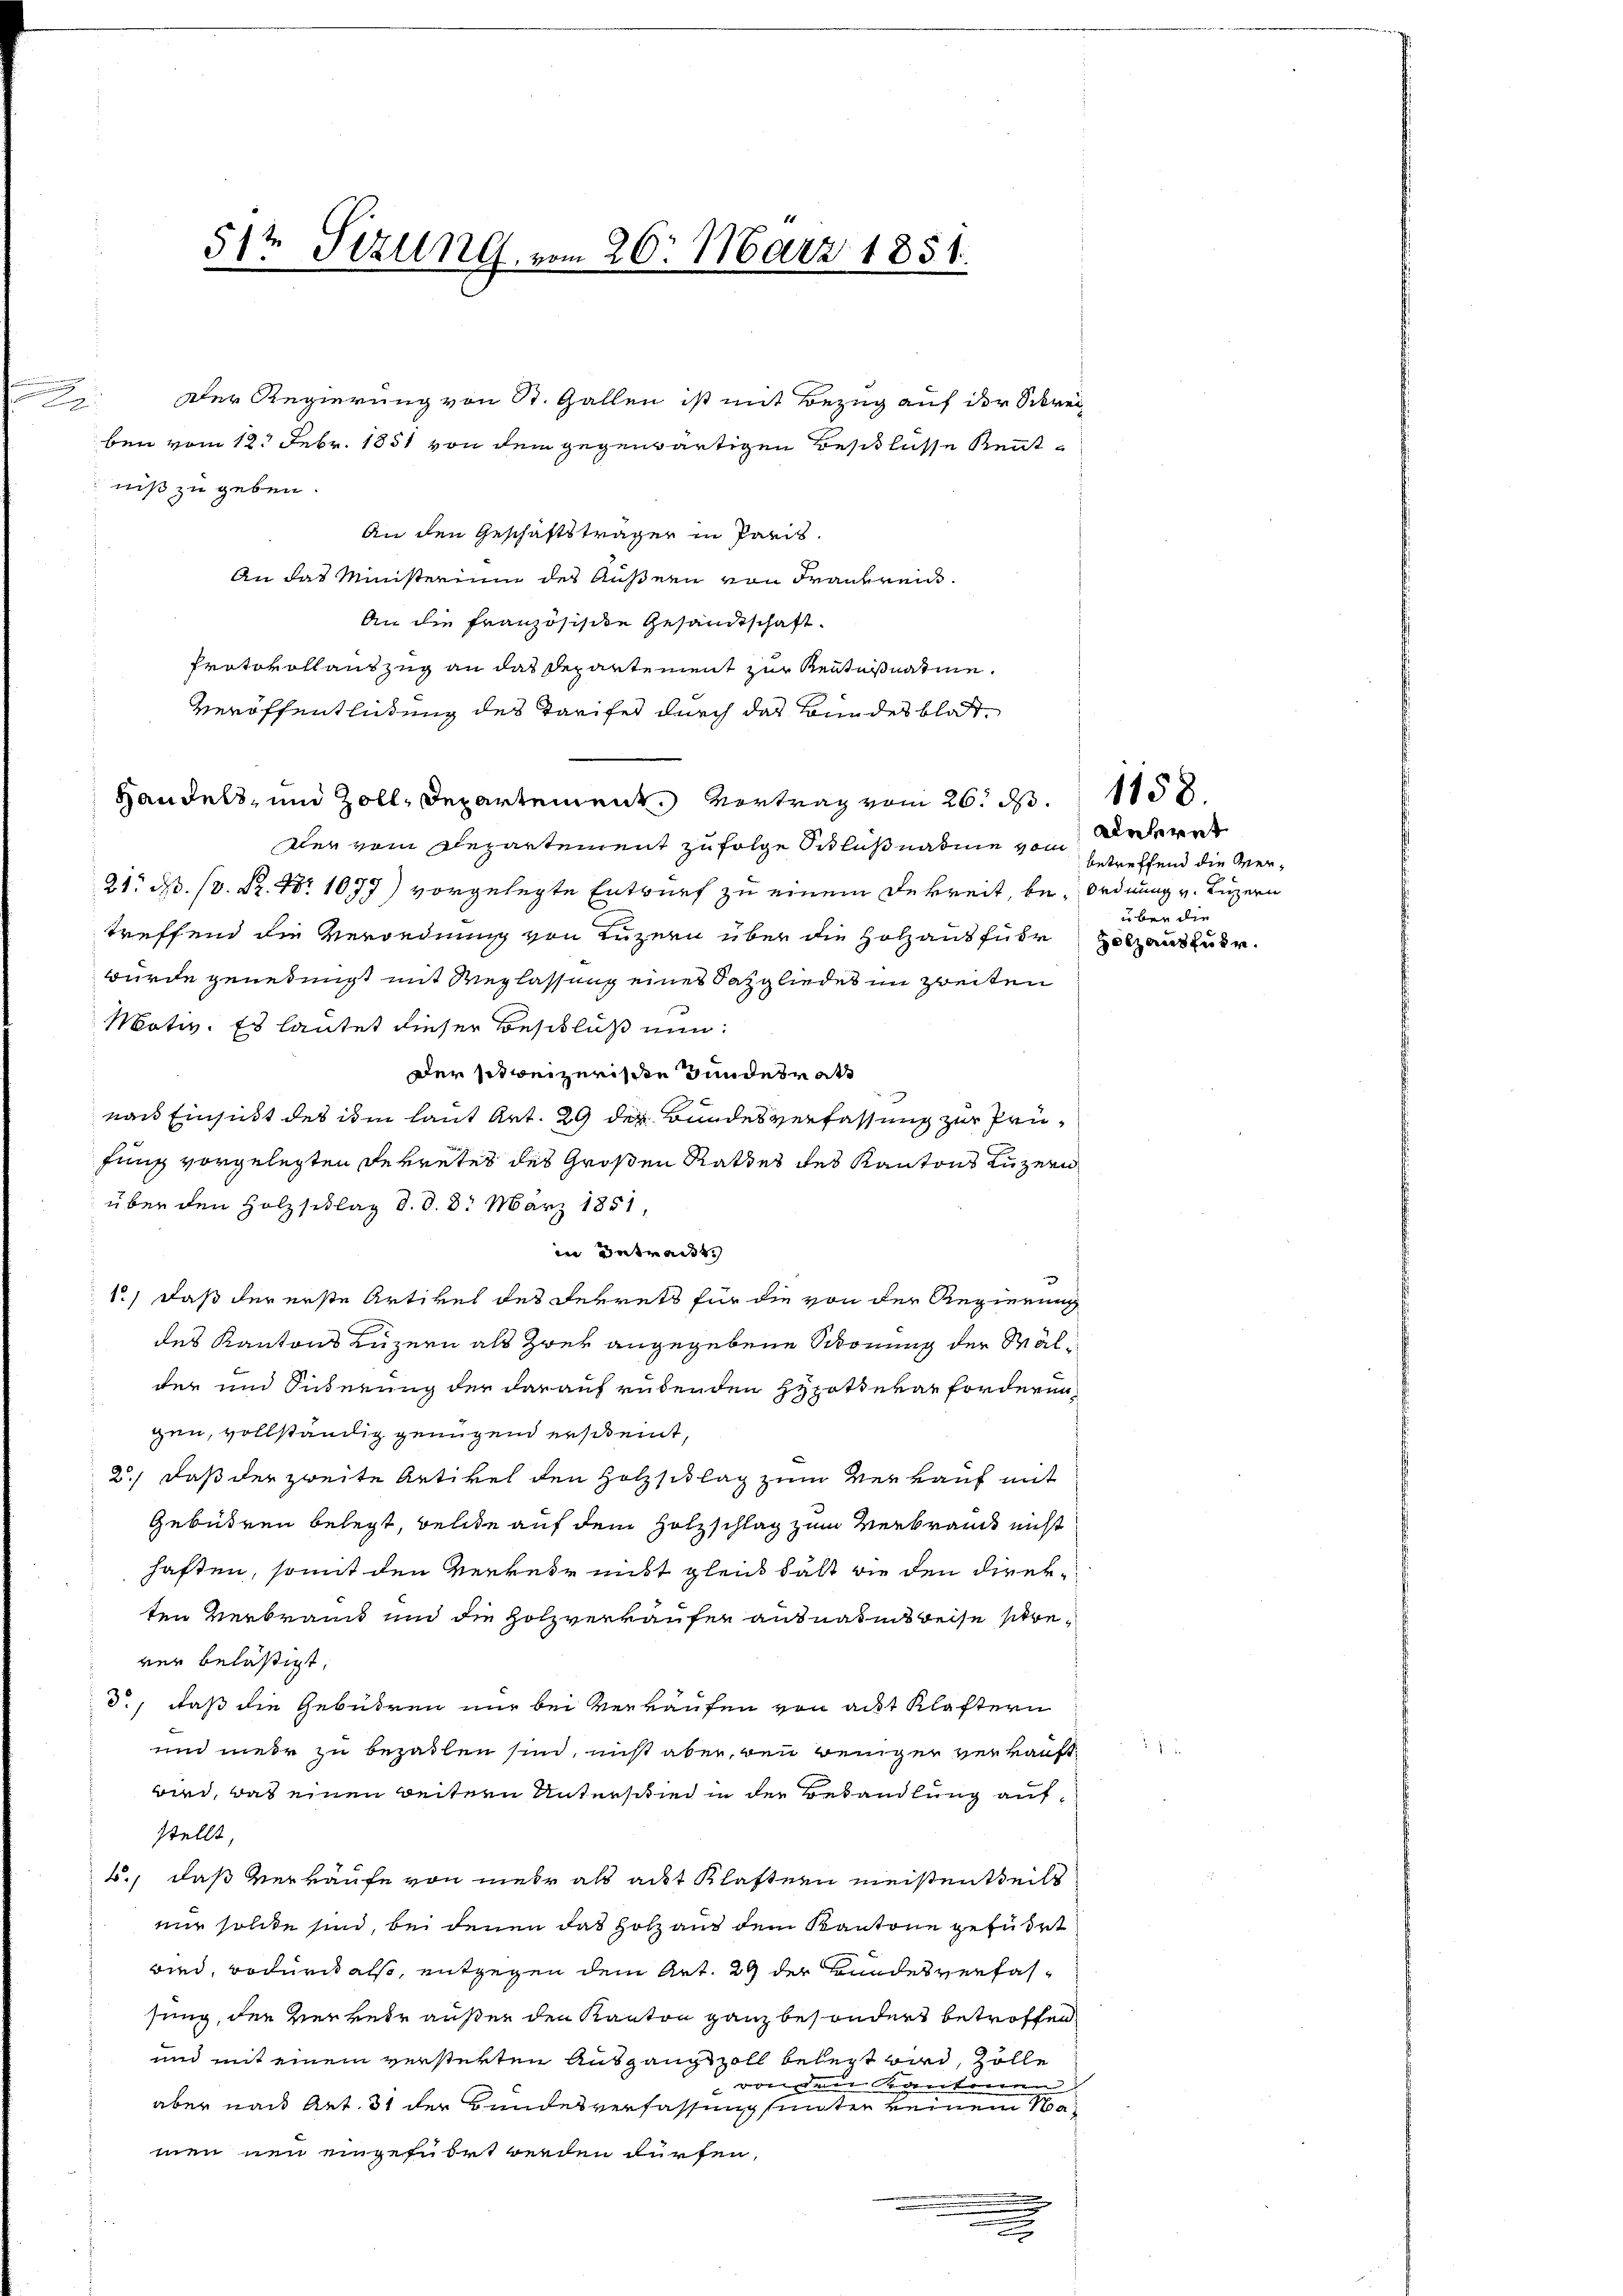
n
2

Der Regierung von St. Gallen ist mit Bezug auf der Schrei
ben vom 12. Febr. 1851 von dem gegenwärtigen Beschlüsse Kenntniß zu geben.
An den Geschäftsträger in Paris.
An das Ministerium des Außern von Frankreis¬
An die Französische Gesandtschaft.
Protokollauszug an das Departement zur Kentnißnatine.
Veröffentlichung des Tarifet durch das Bundesblat¬
Handels, und Zoll, Departement Vertrag vom 26. ds.
Der vom Departement zu folge Schlußnahme von Anderer
21. d. 13. S. Nr. 1077) vorgelegte Entwurf zu einem Dekreit, be- Ordnung v. Luzern
treffend die Verordnung von Luzern über die Holzausführ Holzauszubr
wurde genehmigt mit Weglassung eines Satgliedes im zweiten
Motiv. Es lautet dieser Beschluß nun:
Der sitweizerische Bundesrath
nas Einsicht des im laut Art. 29 der Bundesverfassung zur Prüfung vorgelegten Ferretes des Großen Rathes des Kantons Luzern
über den Holzschlag d. d. 8. März 1851,
in Betract
e
1) daß der erste Artikel des Ferrets für die von der Regierung
des Kantons Luzern als zwey angegebene Schonung der Walder und Inderung der darauf ruhenden Hypotterar forderun
gen, vollständig genügend erscheint,
2., daß der zweite Artikel den Holzschlag zum Verkauf mit
Gebühren belegt, belide auf dem Holzschlag zum Verbrauch nicht
haften, somit den Verkehr nicht gleich hält wie den Direkten Verbrannt und die Holzverkäufer ausnahmsweise strever belästigt,
d., daß die Gebühren nur bei Verkaufen von adt Klaftern
und mehr zu bezahlen sind, nicht aber, den weniger verkauft.
wird, was einen weitern Unterschied in der Behandlung aufstellt,
4., daß verkaufe von mehr als aut Klaftern meistentheils
mir solche sind, bei denen das Holz aus dem Kantone geführt
wird, Bodurch also, entgegen dem Art. 29 der Bundesverfassung, der Verkehr außer den Kanton ganz besondert betroffen
und mit einem versterten Ausgangszoll belegt wird, Zolle
renden Kantonen
aber nach Art. 31 der Bundesverfassung sunter keinem 1
men neu eingeführt werden dürfen,
e
.

512 Sizung vom 26. März 1851.

e

betreffend die Verüber die

1158.